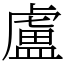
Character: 盧